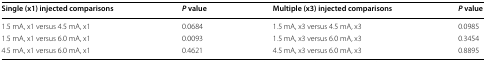
<table><thead><tr><td><b>Single (x1) injected comparisons</b></td><td><b><i>P</i> value</b></td><td><b>Multiple (x3) injected comparisons</b></td><td><b><i>P</i> value</b></td></tr></thead><tbody><tr><td>1.5 mA, x1 versus 4.5 mA, x1</td><td>0.0684</td><td>1.5 mA, x3 versus 4.5 mA, x3</td><td>0.0985</td></tr><tr><td>1.5 mA, x1 versus 6.0 mA, x1</td><td>0.0093</td><td>1.5 mA, x3 versus 6.0 mA, x3</td><td>0.3454</td></tr><tr><td>4.5 mA, x1 versus 6.0 mA, x1</td><td>0.4621</td><td>4.5 mA, x3 versus 6.0 mA, x3</td><td>0.8895</td></tr></tbody></table>